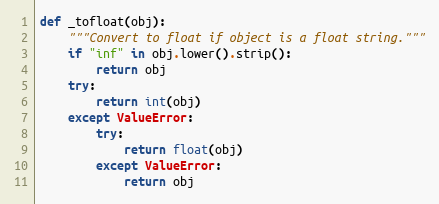
Language: Python
def _tofloat(obj):
    """Convert to float if object is a float string."""
    if "inf" in obj.lower().strip():
        return obj
    try:
        return int(obj)
    except ValueError:
        try:
            return float(obj)
        except ValueError:
            return obj